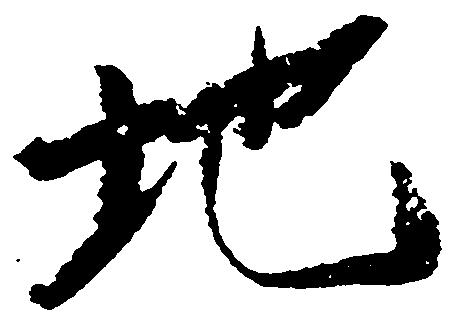
地